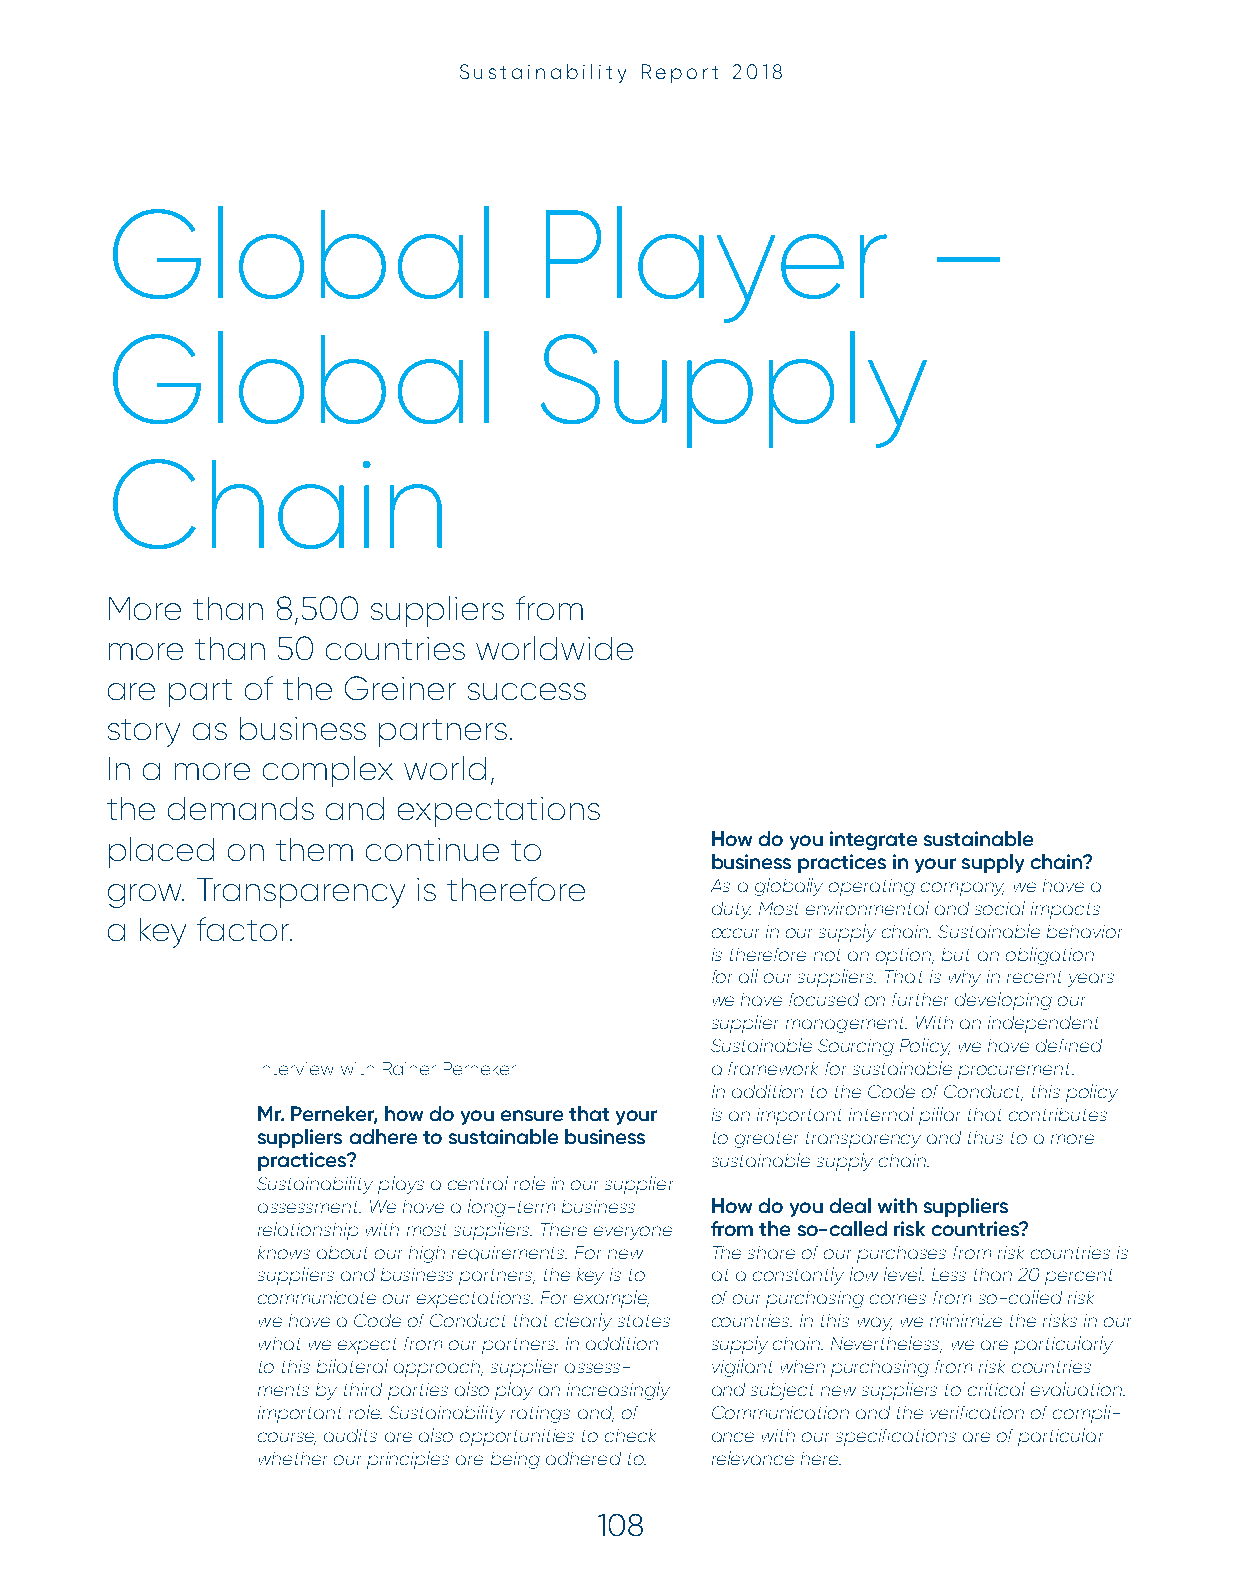
Sustainability Report 2018
 Global                      Player                    –
 Global                      Supply
 Chain
 More  than 8,500 suppliers from
 more  than 50 countries  worldwide
 are part of the Greiner success
 story as business partners.
 In a more complex   world,
 the demands    and expectations
 placed  on them  continue  to           How do you integrate sustainable
 business practices in your supply chain?
 grow. Transparency   is therefore       As a globally operating company, we have a
 duty. Most environmental and social impacts
 a key factor.
 occur in our supply chain. Sustainable behavior
 is therefore not an option, but an obligation
 for all our suppliers. That is why in recent years
 we have focused on further developing our
 supplier management. With an independent
 Sustainable Sourcing Policy, we have defi ned
 Interview with Rainer Perneker a framework for sustainable procurement.
 In addition to the Code of Conduct, this policy
 Mr. Perneker, how do you ensure that your is an important internal pillar that contributes
 suppliers adhere to sustainable business to greater transparency and thus to a more
 practices?                    sustainable supply chain.
 Sustainability plays a central role in our supplier
 assessment. We have a long-term business How do you deal with suppliers
 relationship with most suppliers. There everyone from the so-called risk countries?
 knows about our high requirements. For new The share of our purchases from risk countries is
 suppliers and business partners, the key is to at a constantly low level. Less than 20 percent
 communicate our expectations. For example, of our purchasing comes from so-called risk
 we have a Code of Conduct that clearly states countries. In this way, we minimize the risks in our
 what we expect from our partners. In addition supply chain. Nevertheless, we are particularly
 to this bilateral approach, supplier assess- vigilant when purchasing from risk countries
 ments by third parties also play an increasingly and subject new suppliers to critical evaluation.
 important role. Sustainability ratings and, of Communication and the verifi cation of compli-
 course, audits are also opportunities to check ance with our specifi cations are of particular
 whether our principles are being adhered to. relevance here.
 108